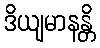
ဒိယျမာနန္တိ